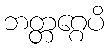
ဘတ္တဂ္ဂေပိ